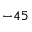
- 4 5